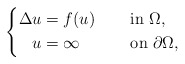
\begin{align*}\left\{\begin{aligned}\Delta u&=f(u)&&\quad\mbox{ in }\Omega,\\u&=\infty &&\quad\mbox{ on }\partial\Omega,\end{aligned}\right.\end{align*}